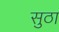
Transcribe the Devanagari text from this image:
सुठा